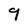
Character: 9